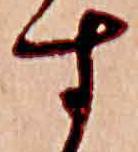
す